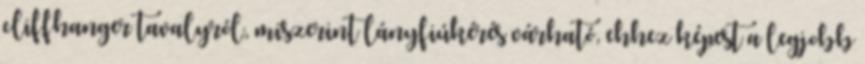
cliffhanger tavalyról, miszerint lányfiúkérés várható, ehhez képest a legjobb